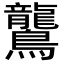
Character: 鸗